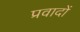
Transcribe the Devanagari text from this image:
प्रवादों